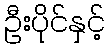
ဦးပိုင်နှင့်